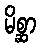
မိစ္ဆာ